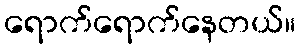
ရောက်ရောက်နေတယ်။